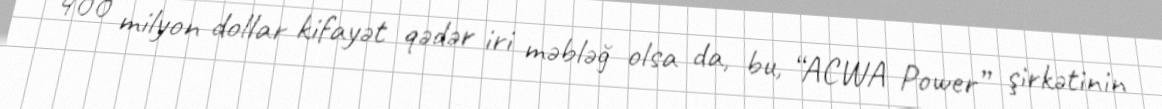
400 milyon dollar kifayət qədər iri məbləğ olsa da, bu, “ACWA Power” şirkətinin